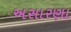
અસારણા